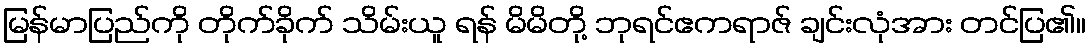
မြန်မာပြည်ကို တိုက်ခိုက် သိမ်းယူ ရန် မိမိတို့ ဘုရင်ဧကရာဇ် ချင်းလုံအား တင်ပြ၏။